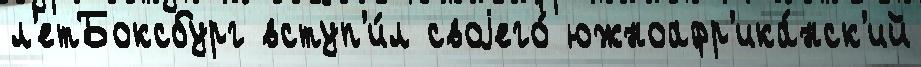
л'етБоксбург вступ'и́л своjего́ южноафр'ика́нск'ий